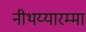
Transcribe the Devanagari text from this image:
नीथय्यारम्मा